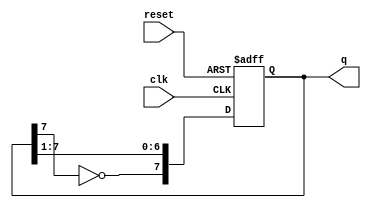
module johnson_counter (
    input wire clk,       // Clock input
    input wire reset,     // Reset input
    output reg [7:0] q    // 8-bit output
);

// Always block triggered on the rising edge of the clock or reset
always @(posedge clk or posedge reset) begin
    if (reset) begin
        // Initialize the counter to 0 on reset
        q <= 8'b00000000;
    end else begin
        // Johnson counter logic
        q <= {~q[7], q[7:1]}; // Shift right and feed back inverted last bit
    end
end

endmodule